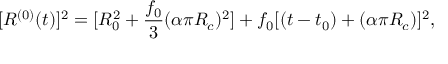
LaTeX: [ R ^ { ( 0 ) } ( t ) ] ^ { 2 } = [ R _ { 0 } ^ { 2 } + \frac { f _ { 0 } } { 3 } ( \alpha \pi R _ { c } ) ^ { 2 } ] + f _ { 0 } [ ( t - t _ { 0 } ) + ( \alpha \pi R _ { c } ) ] ^ { 2 } ,